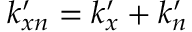
k _ { x n } ^ { \prime } = k _ { x } ^ { \prime } + k _ { n } ^ { \prime }